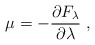
\begin{align*}\mu =-\frac{\partial F_{\lambda}}{\partial \lambda}\;,\end{align*}